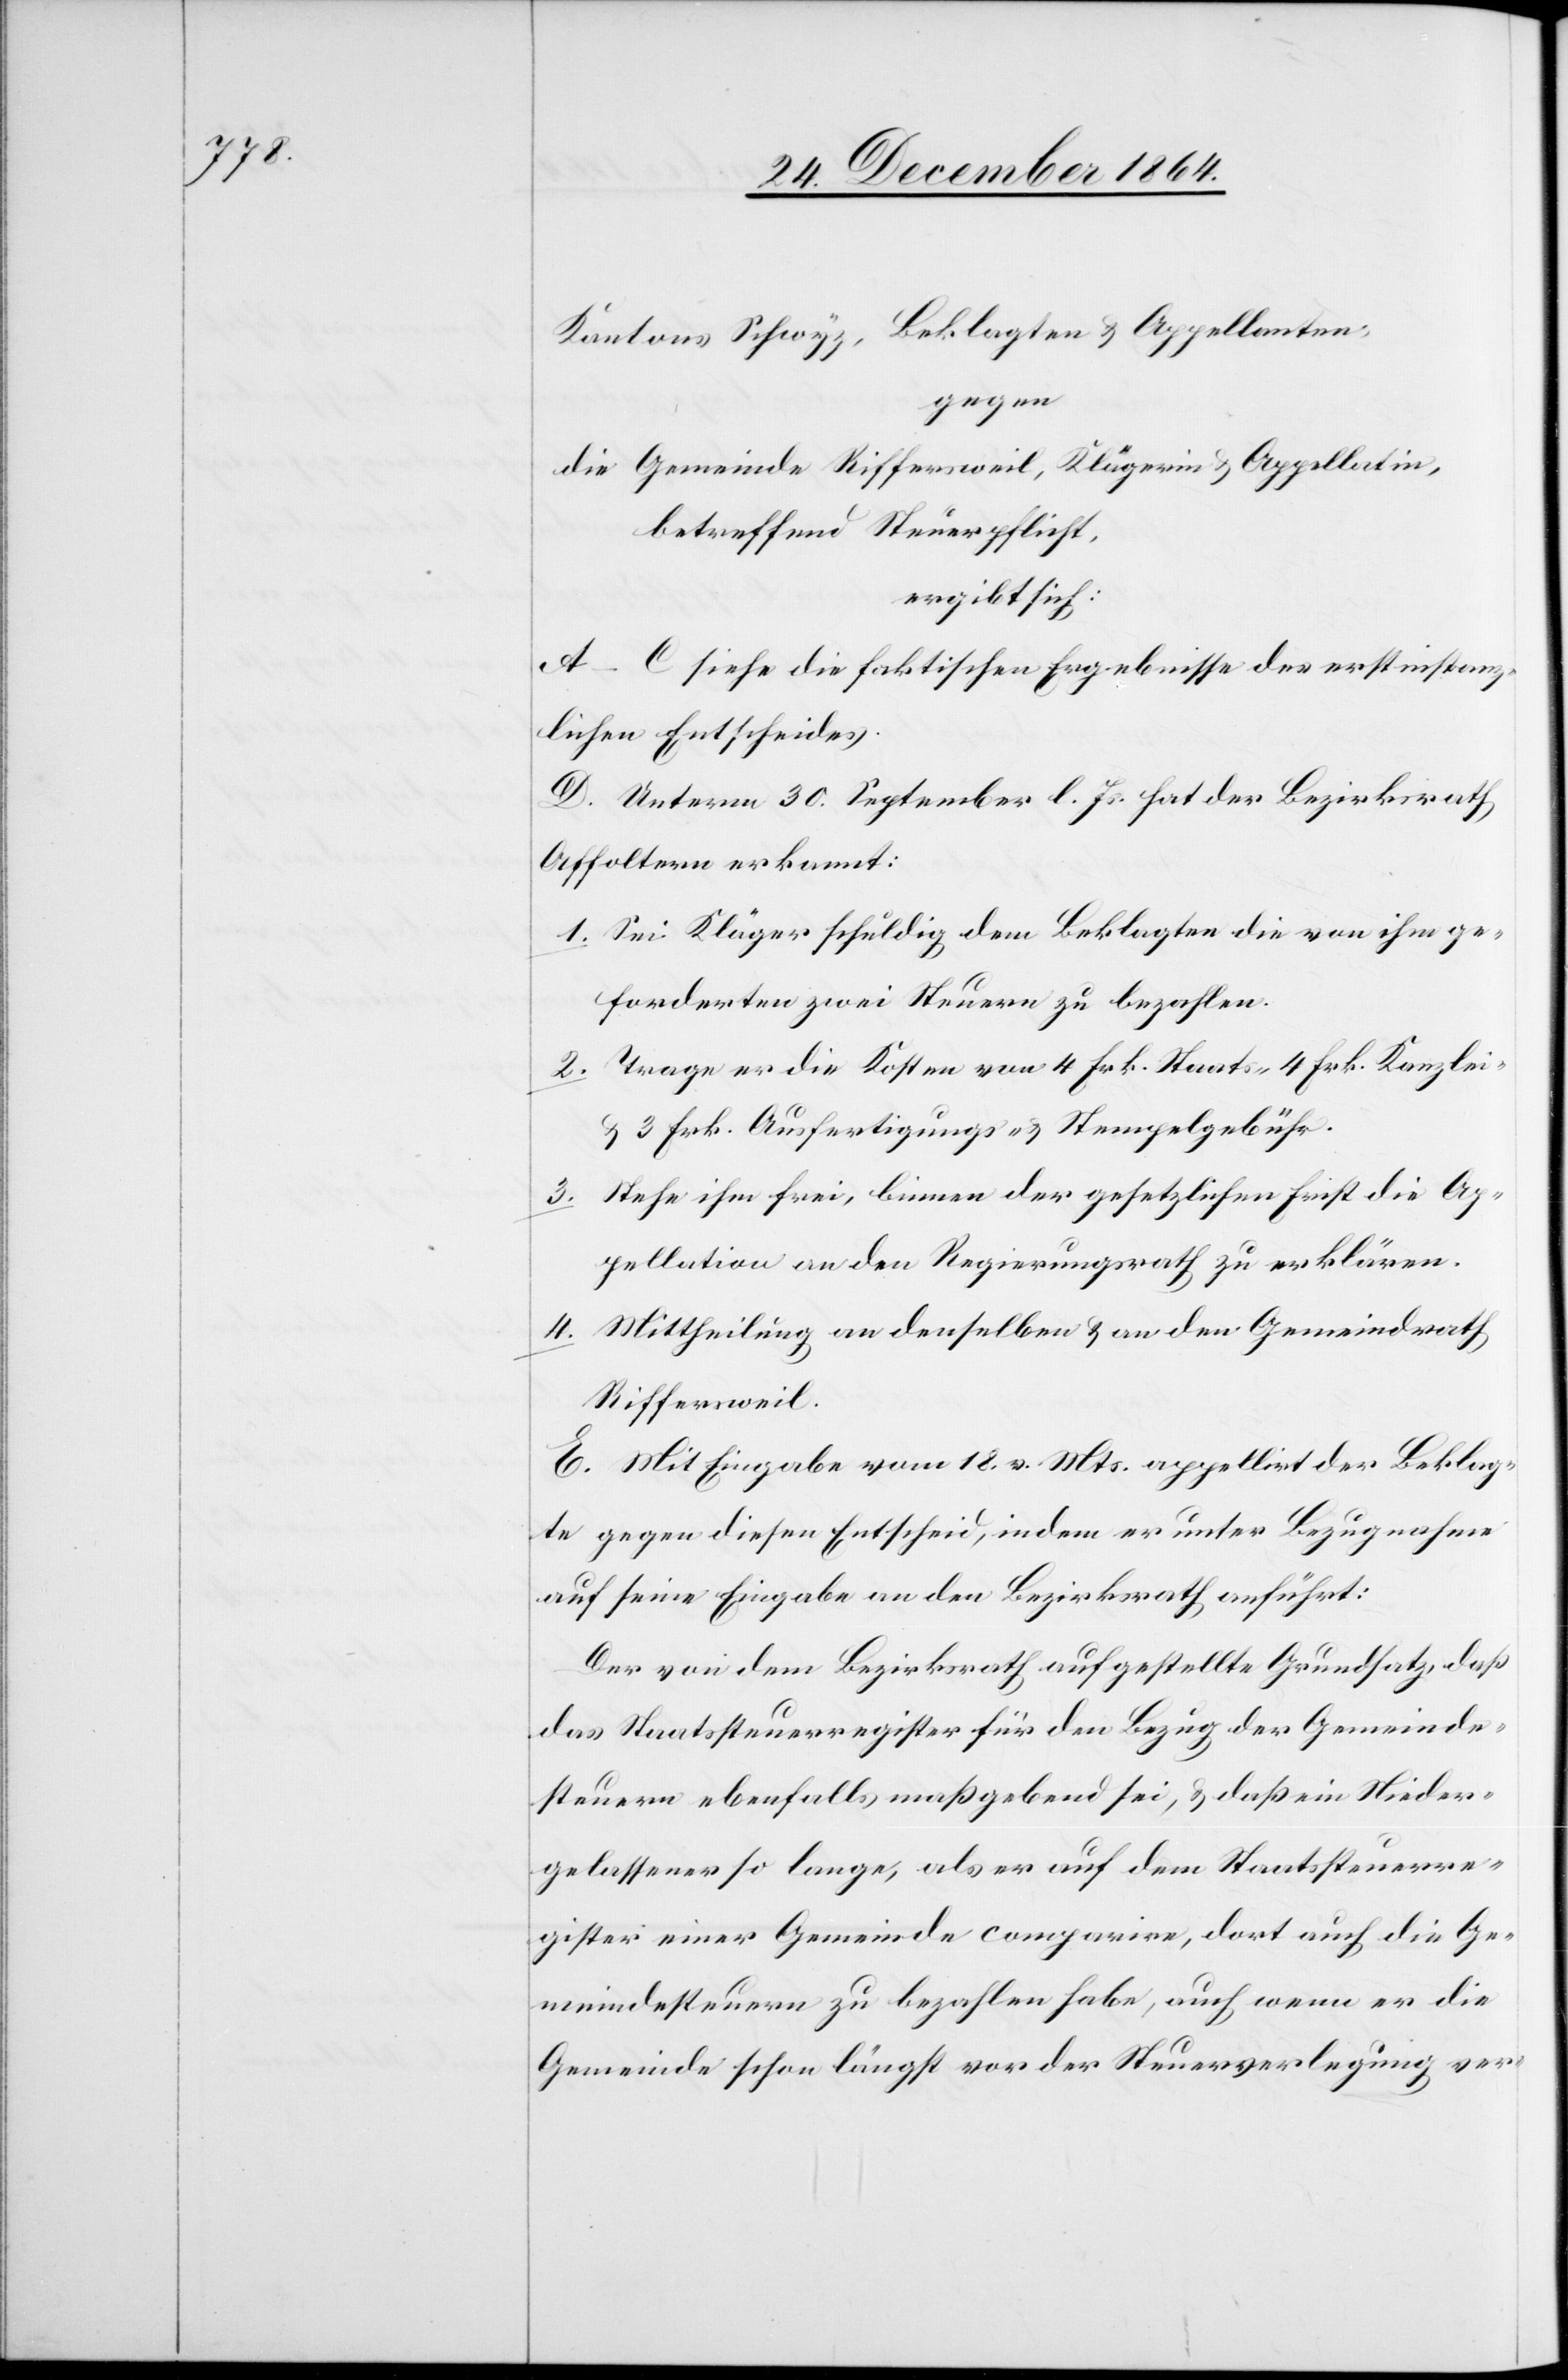
Kantons Schwyz, Beklagter & Appellanten,
gegen
die Gemeinde Riffersweil, Klägerin & Appellatin,
betreffend Steuerpflicht,
ergibt sich:
A.–C. siehe die faktischen Ergebnisse des erstinstanz¬
lichen Entscheides.
D. Unterm 30. September l. Js. hat der Bezirksrath
Affoltern erkannt:
1. Sei Kläger schuldig dem Beklagten die von ihm ge¬
forderten zwei Steuern zu bezahlen.
2. Trage er die Kosten von 4 Frk. Staats- 4 Frk. Kanzlei-
& 3 Frk. Ausfertigungs- & Stempelgebühr.
Stehe ihm frei, binnen der gesetzlichen Frist die Ap¬
3.
pellation an den Regierungsrath zu erklären.
4. Mittheilung an denselben & an den Gemeindrath
Riffersweil.
E. Mit Eingabe vom 18. v. Mts. appellirt der Beklag¬
te gegen diesen Entscheid, indem er unter Bezugnahme
auf seine Eingabe an den Bezirksrath anführt:
Der von dem Bezirksrath aufgestellte Grundsatz, daß
das Staatssteuerregister für den Bezug der Gemeinde¬
steuern ebenfalls maßgebend sei, & daß ein Nieder¬
gelassener so lange, als er auf dem Staatssteuerre¬
gister einer Gemeinde comparire, dort auch die Ge¬
meindesteuern zu bezahlen habe, auch wenn er die
Gemeinde schon längst vor der Steuerverlegung ver-